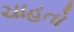
ચાહતો